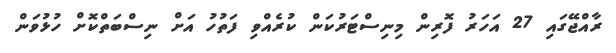
ރާއްޖޭގައި 27 އަހަރު ފޮރިން މިނިސްޓަރުކަން ކުރެއްވި ފަތުހު އަށް ނިސްބަތްކޮށް ހުޅުވަން